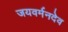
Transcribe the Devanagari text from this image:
जयवर्मनदेव